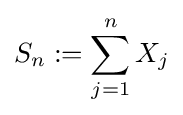
S_{n}:=\sum _{j=1}^{n}X_{j}